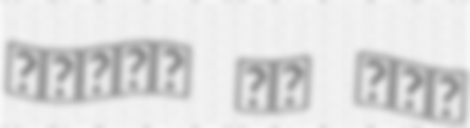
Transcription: عثمان بن علي